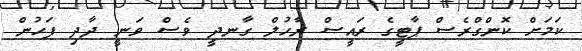
ކަމަށް ކޮންގްރެސް ޕާޓީގެ ރައީސް ރާހުލް ގާނދީ ވެސް ވަނީ ދާދި ފަހުން